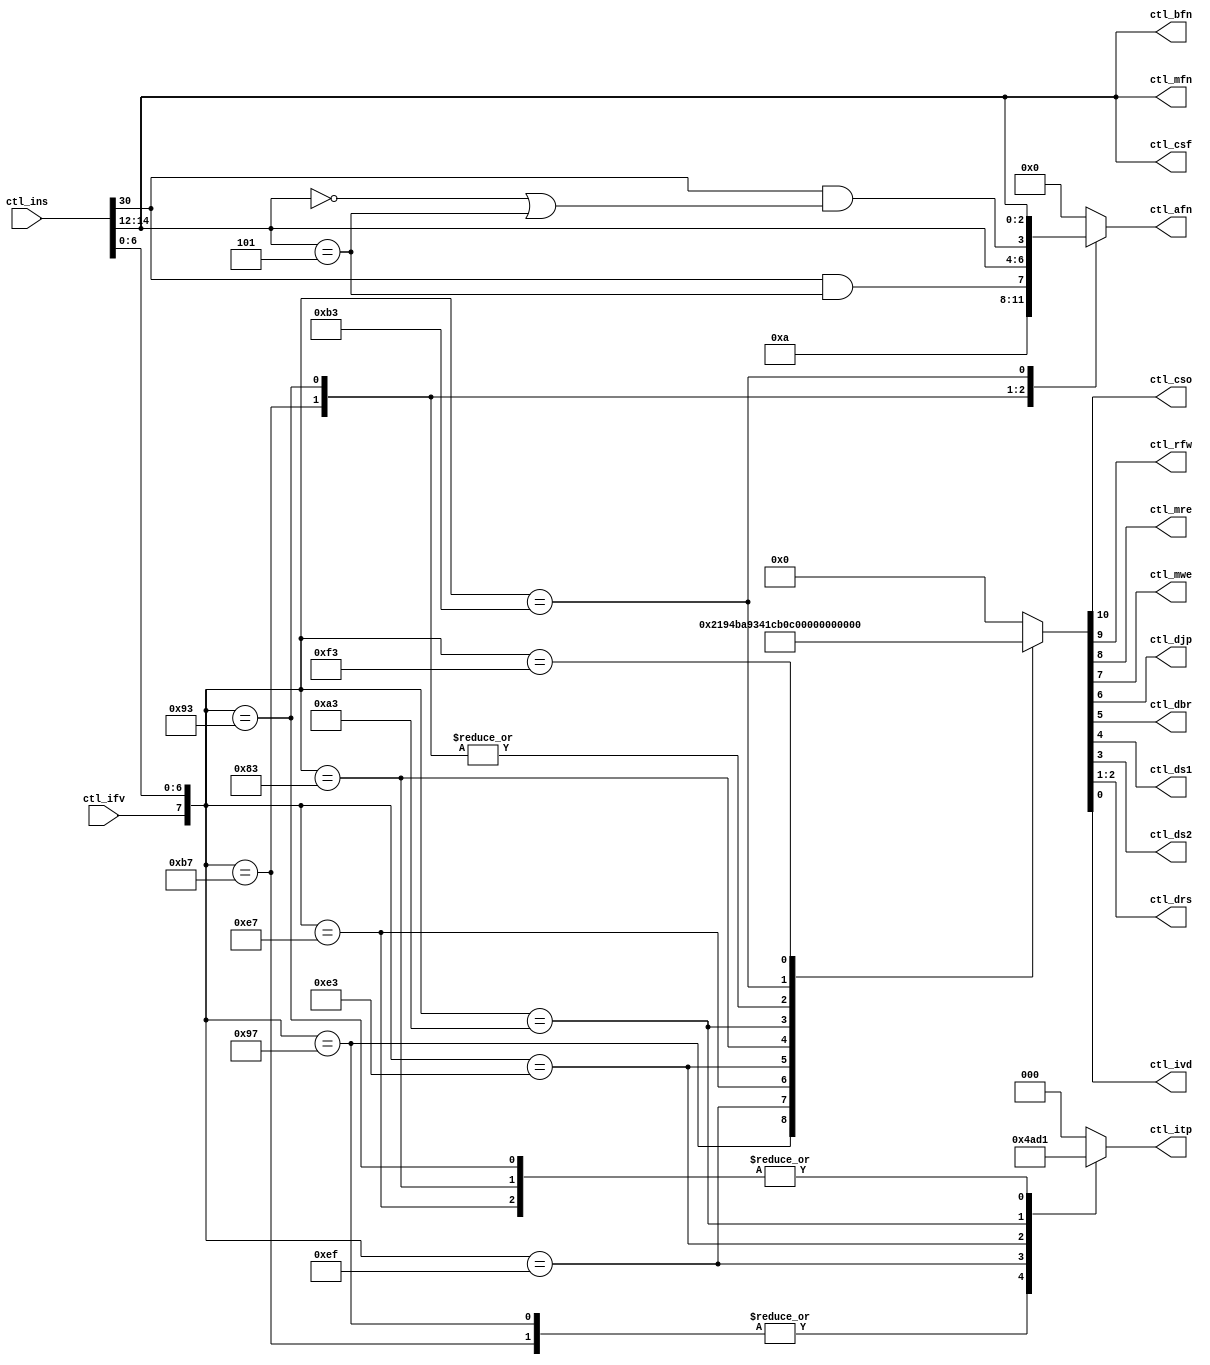
// MIT License
// -----------
// 
// Copyright (c) 2023 Watson Huang (watson.edx@gmail.com)
// Permission is hereby granted, free of charge, to any person
// obtaining a copy of this software and associated documentation
// files (the "Software"), to deal in the Software without
// restriction, including without limitation the rights to use,
// copy, modify, merge, publish, distribute, sublicense, and/or sell
// copies of the Software, and to permit persons to whom the
// Software is furnished to do so, subject to the following
// conditions:
// 
// The above copyright notice and this permission notice shall be
// included in all copies or substantial portions of the Software.
// 
// THE SOFTWARE IS PROVIDED "AS IS", WITHOUT WARRANTY OF ANY KIND,
// EXPRESS OR IMPLIED, INCLUDING BUT NOT LIMITED TO THE WARRANTIES
// OF MERCHANTABILITY, FITNESS FOR A PARTICULAR PURPOSE AND
// NONINFRINGEMENT. IN NO EVENT SHALL THE AUTHORS OR COPYRIGHT
// HOLDERS BE LIABLE FOR ANY CLAIM, DAMAGES OR OTHER LIABILITY,
// WHETHER IN AN ACTION OF CONTRACT, TORT OR OTHERWISE, ARISING
// FROM, OUT OF OR IN CONNECTION WITH THE SOFTWARE OR THE USE OR
// OTHER DEALINGS IN THE SOFTWARE.
// -----------
// SPDX-License-Identifier: MIT

module rv151_ctl(

    input          ctl_ifv,
    input   [31:0] ctl_ins,

    output  [3:0]  ctl_afn,
    output  [2:0]  ctl_bfn,
    output  [2:0]  ctl_itp,
    output  [2:0]  ctl_mfn,
    output  [2:0]  ctl_csf,

    output         ctl_cso, //[10]
    output         ctl_rfw, //[9]
    output         ctl_mre, //[8]
    output         ctl_mwe, //[7]
    output         ctl_djp, //[6]
    output         ctl_dbr, //[5]
    output         ctl_ds1, //[4]
    output         ctl_ds2, //[3]
    output  [1:0]  ctl_drs, //[2:1]
    output         ctl_ivd  //[0]
);

wire [6:0] iop;
wire [2:0] ifn;

reg  [10:0] ctl;
reg  [3:0]  afn;
reg  [2:0]  itp;

assign iop = ctl_ins[6:0];
assign ifn = ctl_ins[14:12];

assign ctl_afn = afn;
assign ctl_bfn = ifn;
assign ctl_itp = itp;
assign ctl_mfn = ifn;
assign ctl_csf = ifn;

assign {
        ctl_cso, //[10]
        ctl_rfw, //[9]
        ctl_mre, //[8]
        ctl_mwe, //[7]
        ctl_djp, //[6]
        ctl_dbr, //[5]
        ctl_ds1, //[4]
        ctl_ds2, //[3]
        ctl_drs, //[2:1]
        ctl_ivd  //[0]
    } = ctl;

//ds1: 0(rs1)/1(pc0)
//ds2: 0(rs1)/1(imm)
//drf: 0(alu)/1(mem)/2(pc4)

always@(*) begin
    case({ctl_ifv, iop})
                                  //{ cso, rfw, mre, mwe, djp, dbr, ds1, ds2, drf, ivd}
        {1'b1, 7'b0110111} : ctl =  {1'b0,1'b1,1'b0,1'b0,1'b0,1'b0,1'b0,1'b1,2'h0,1'b1}; //lui
        {1'b1, 7'b0010111} : ctl =  {1'b0,1'b1,1'b0,1'b0,1'b0,1'b0,1'b1,1'b1,2'h0,1'b1}; //auipc
        {1'b1, 7'b1101111} : ctl =  {1'b0,1'b1,1'b0,1'b0,1'b1,1'b0,1'b1,1'b1,2'h2,1'b1}; //jal
        {1'b1, 7'b1100111} : ctl =  {1'b0,1'b1,1'b0,1'b0,1'b1,1'b0,1'b0,1'b1,2'h2,1'b1}; //jalr
        {1'b1, 7'b1100011} : ctl =  {1'b0,1'b0,1'b0,1'b0,1'b0,1'b1,1'b1,1'b1,2'h0,1'b1}; //branch-group
        {1'b1, 7'b0000011} : ctl =  {1'b0,1'b1,1'b1,1'b0,1'b0,1'b0,1'b0,1'b1,2'h1,1'b1}; //load-group
        {1'b1, 7'b0100011} : ctl =  {1'b0,1'b0,1'b0,1'b1,1'b0,1'b0,1'b0,1'b1,2'h0,1'b1}; //store-group
        {1'b1, 7'b0010011} : ctl =  {1'b0,1'b1,1'b0,1'b0,1'b0,1'b0,1'b0,1'b1,2'h0,1'b1}; //alu-imm-group
        {1'b1, 7'b0110011} : ctl =  {1'b0,1'b1,1'b0,1'b0,1'b0,1'b0,1'b0,1'b0,2'h0,1'b1}; //alu-reg-group
        {1'b1, 7'b1110011} : ctl =  {1'b1,1'b1,1'b0,1'b0,1'b0,1'b0,1'b0,1'b0,2'h3,1'b1}; //csr
        default    : ctl =  {1'b0,1'b0,1'b0,1'b0,1'b0,1'b0,1'b0,2'h0,1'b0}; //non-valid nop
    endcase
end

always@(*) begin
    case({ctl_ifv, iop})
        {1'b1, 7'b0110111} : afn =  4'b1010; //lui
        {1'b1, 7'b0010111} : afn =  4'b0000; //auipc
        {1'b1, 7'b1101111} : afn =  4'b0000; //jal
        {1'b1, 7'b1100111} : afn =  4'b0000; //jalr
        {1'b1, 7'b1100011} : afn =  4'b0000; //branch-group
        {1'b1, 7'b0000011} : afn =  4'b0000; //load-group
        {1'b1, 7'b0100011} : afn =  4'b0000; //store-group
        {1'b1, 7'b0010011} : afn =  {ctl_ins[30]&(ifn==3'b101), ifn}; //alu-imm-group
        {1'b1, 7'b0110011} : afn =  {ctl_ins[30]&((ifn==3'b000)|(ifn==3'b101)), ifn}; //alu-reg-group
        {1'b1, 7'b1110011} : afn =  4'b0000; //csr
        default            : afn =  4'b0000; //non-valid nop
    endcase
end

always@(*) begin
    case({ctl_ifv, iop})
        {1'b1, 7'b0110111} : itp =  3'h4; //lui
        {1'b1, 7'b0010111} : itp =  3'h4; //auipc
        {1'b1, 7'b1101111} : itp =  3'h5; //jal
        {1'b1, 7'b1100111} : itp =  3'h1; //jalr
        {1'b1, 7'b1100011} : itp =  3'h3; //branch-group
        {1'b1, 7'b0000011} : itp =  3'h1; //load-group
        {1'b1, 7'b0100011} : itp =  3'h2; //store-group
        {1'b1, 7'b0010011} : itp =  3'h1; //alu-imm-group
        {1'b1, 7'b0110011} : itp =  3'h0; //alu-reg-group
        {1'b1, 7'b1110011} : itp =  3'h0; //csr
        default            : itp =  3'h0; //non-valid nop
    endcase
end

endmodule